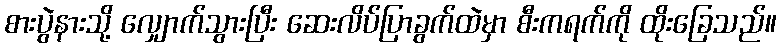
စားပွဲနားသို့ လျှောက်သွားပြီး ဆေးလိပ်ပြာခွက်ထဲမှာ စီးကရက်ကို ထိုးခြေသည်။